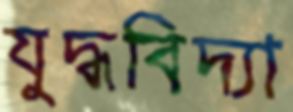
যুদ্ধবিদ্যা